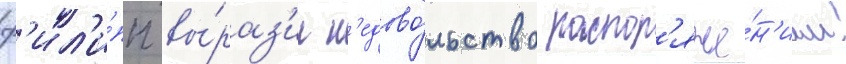
ф'ил'и́пп вы́раз'ил н'едово́льство распор'яже́н'ием